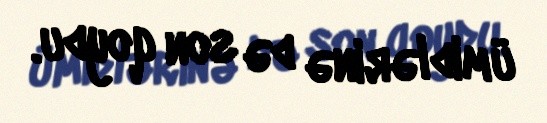
ümidlərinə də son qoydu.